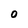
Character: O